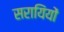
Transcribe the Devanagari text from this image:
सरायिंयों